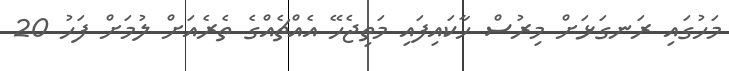
މަހުގައި ރަނގަޅަށް މިރުސް ހާކައިފައި މަތިޖެހޭ އެއްޗެއްގެ ތެރެއަށް ލުމަށް ފަހު 20